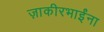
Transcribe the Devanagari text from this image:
ज़ाकीरभाईंना